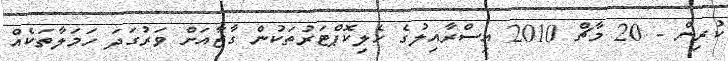
ކުރިން - 20 މާޗް 2010 އިސްރާއިލުގެ ހެލިކޮޕްޓަރުތަކުން ގާޒާއަށް ވަރުގަދަ ހަމަލާތަކެއް